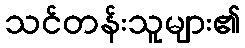
သင်တန်းသူများ၏